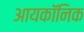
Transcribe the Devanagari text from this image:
आयकॉनिक